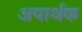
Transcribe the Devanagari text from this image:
अपार्थक